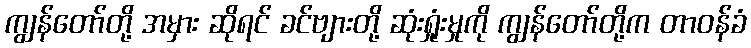
ကျွန်တော်တို့ အမှား ဆိုရင် ခင်ဗျားတို့ ဆုံးရှုံးမှုကို ကျွန်တော်တို့က တာဝန်ခံ